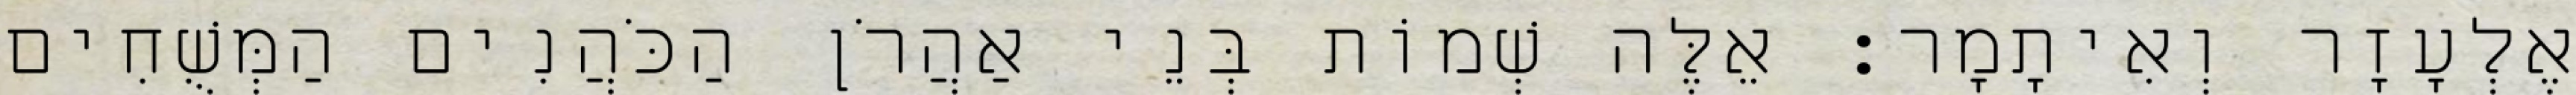
אֶלְעָזָר וְאִיתָמָר׃ אֵלֶּה שְׁמוֹת בְּנֵי אַהֲרֹן הַכֹּהֲנִים הַמְּשֻׁחִים